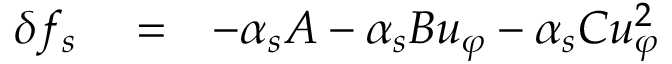
\begin{array} { r l r } { \delta f _ { s } } & { { } = } & { - \alpha _ { s } A - \alpha _ { s } B u _ { \varphi } - \alpha _ { s } C u _ { \varphi } ^ { 2 } } \end{array}